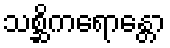
သစ္ဆိကရောန္တော